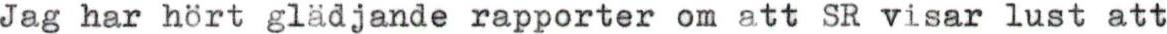
Jag har hört glädjande rapporter om att SR visar lust att